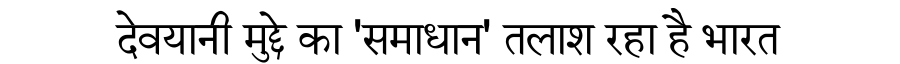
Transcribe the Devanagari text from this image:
देवयानी मुद्दे का 'समाधान' तलाश रहा है भारत